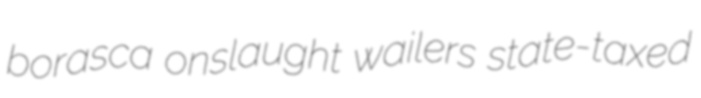
borasca onslaught wailers state-taxed